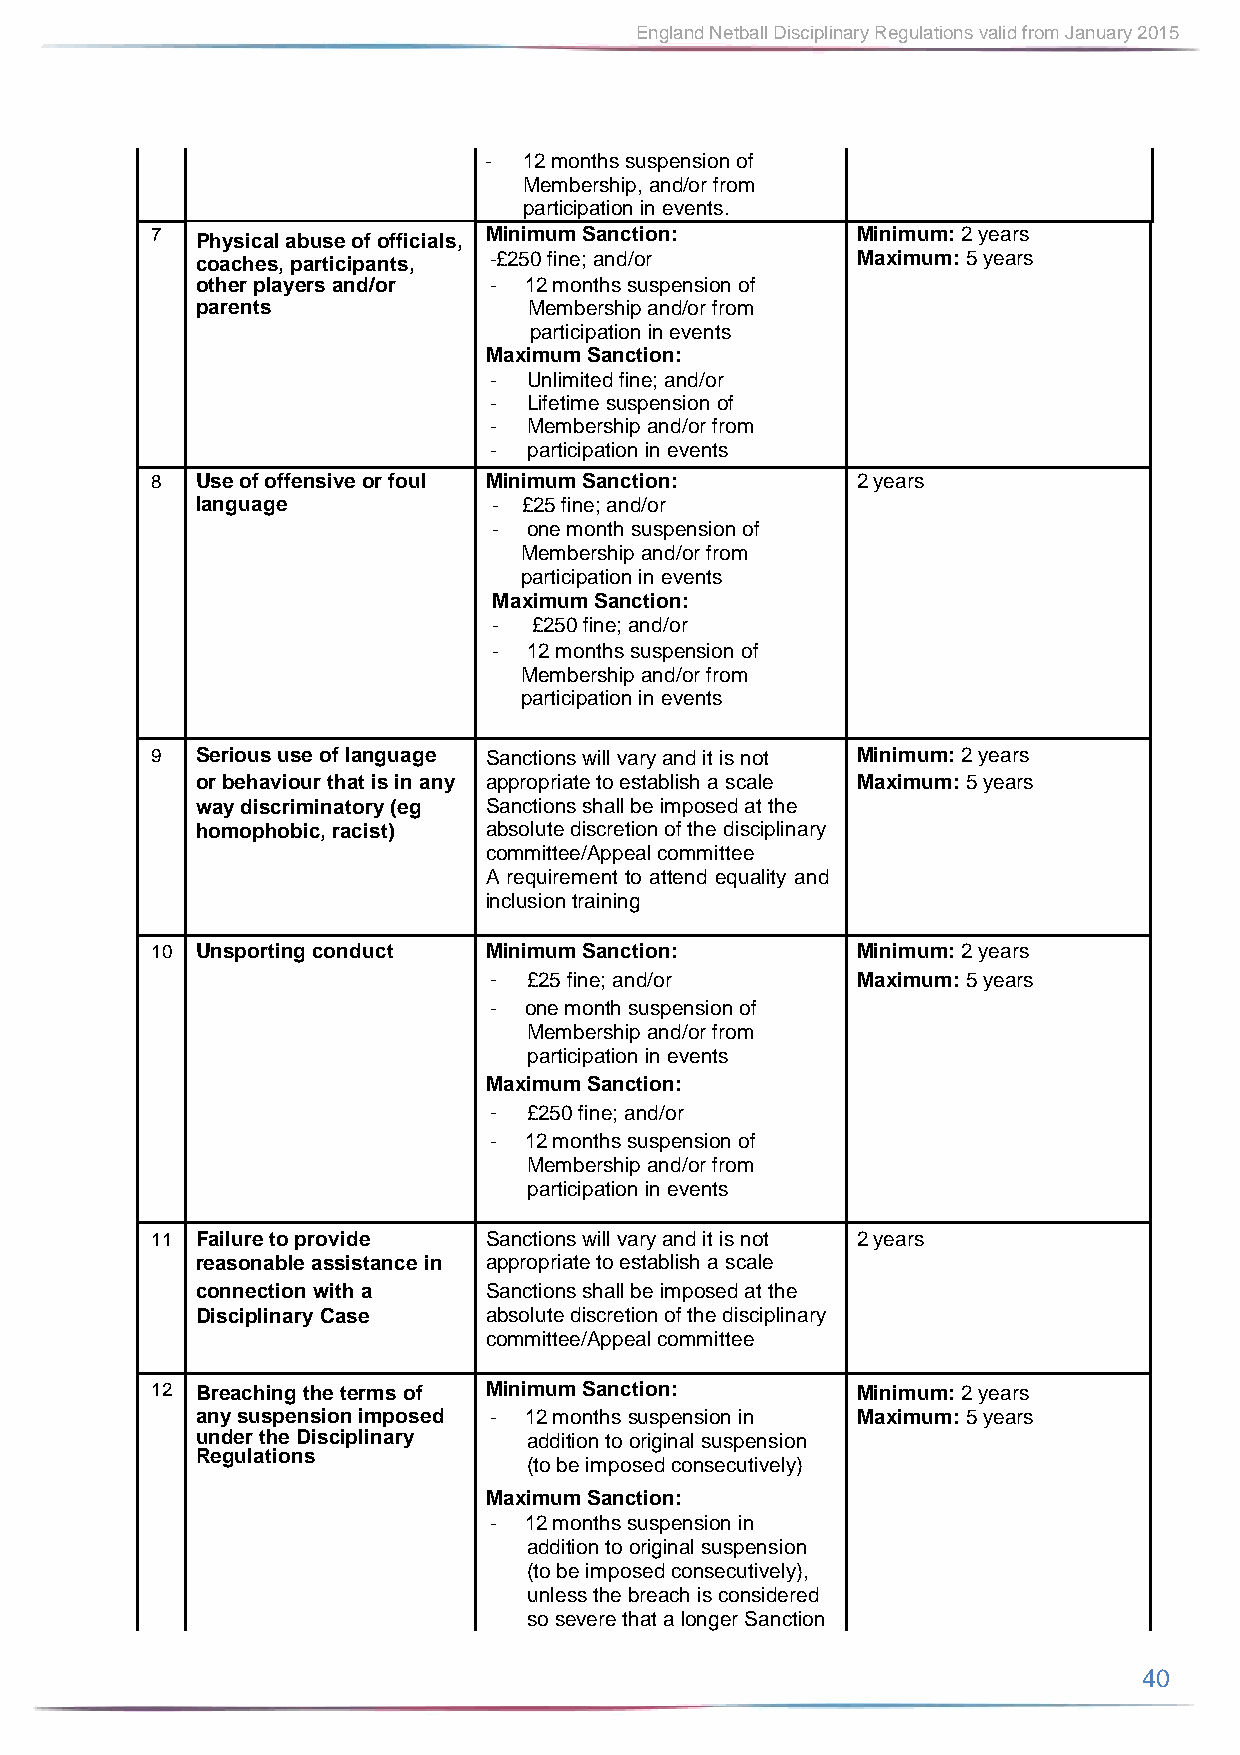
England Netball Disciplinary Regulations valid from January 2015
 -  12 months suspension of
 Membership, and/or from
 participation in events.
 7  Physical abuse of officials, Minimum Sanction: Minimum: 2 years
 coaches, participants, -£250 fine; and/or   Maximum: 5 years
 other players and/or - 12 months suspension of
 parents               Membership and/or from
 participation in events
 Maximum Sanction:
 -  Unlimited fine; and/or
 -  Lifetime suspension of
 -  Membership and/or from
 -  participation in events
 8  Use of offensive or foul Minimum Sanction:  2 years
 language            - £25 fine; and/or
 - one month suspension of
 Membership and/or from
 participation in events
 Maximum Sanction:
 - £250 fine; and/or
 - 12 months suspension of
 Membership and/or from
 participation in events
 9  Serious use of language Sanctions will vary and it is not Minimum: 2 years
 or behaviour that is in any appropriate to establish a scale Maximum: 5 years
 way discriminatory (eg Sanctions shall be imposed at the
 homophobic, racist) absolute discretion of the disciplinary
 committee/Appeal committee
 A requirement to attend equality and
 inclusion training
 10 Unsporting conduct Minimum Sanction:        Minimum: 2 years
 -  £25 fine; and/or      Maximum: 5 years
 -  one month suspension of
 Membership and/or from
 participation in events
 Maximum Sanction:
 -  £250 fine; and/or
 -  12 months suspension of
 Membership and/or from
 participation in events
 11 Failure to provide Sanctions will vary and it is not 2 years
 reasonable assistance in appropriate to establish a scale
 connection with a  Sanctions shall be imposed at the
 Disciplinary Case  absolute discretion of the disciplinary
 committee/Appeal committee
 12 Breaching the terms of Minimum Sanction:    Minimum: 2 years
 any suspension imposed - 12 months suspension in Maximum: 5 years
 under the Disciplinary addition to original suspension
 Regulations
 (to be imposed consecutively)
 Maximum Sanction:
 -  12 months suspension in
 addition to original suspension
 (to be imposed consecutively),
 unless the breach is considered
 so severe that a longer Sanction
 40